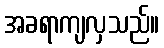
အခရာကျလှသည်။